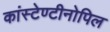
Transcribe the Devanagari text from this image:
कांस्टेण्टीनोपिल